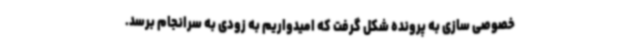
خصوصی سازی به پرونده شکل گرفت که امیدواریم به زودی به سرانجام برسد.